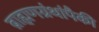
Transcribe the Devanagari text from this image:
ब्राह्मणग्रंथांपैकी